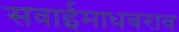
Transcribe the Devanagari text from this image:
सवाईमाधवराव